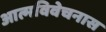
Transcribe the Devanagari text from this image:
आत्मविवेचनास